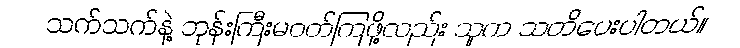
သက်သက်နဲ့ ဘုန်းကြီးမဝတ်ကြဖို့လည်း သူက သတိပေးပါတယ်။